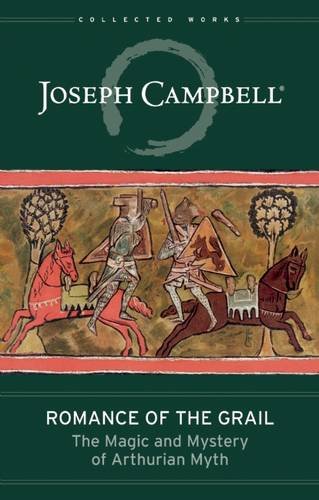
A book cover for Romance of the Grail: The Magic and Mystery of Arthurian Myth (The Collected Works of Joseph Campbell); Joseph Campbell; Literature & Fiction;